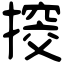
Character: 𢲷